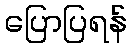
ပြောပြရန်